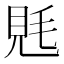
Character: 𧠑